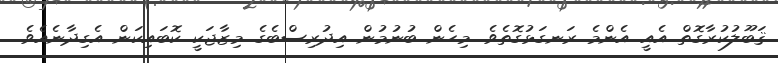
ޤަބޫލުކުރާގޮތް އެއީ އެންމެ ރަނގަޅުގޮތެވެ. މިހެން ބުނުމުން އިދުރިސްބެގެ މިޒާޖަކީ ކޮބައިކަން އެގިދާނެއެވެ.